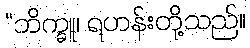
“ဘိက္ခူ၊ ရဟန်းတို့သည်။